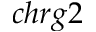
c h r g 2